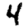
Digit: 4